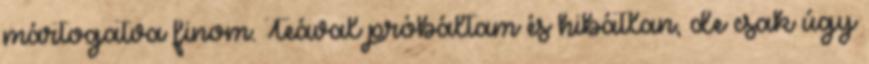
mártogatva finom. Teával próbáltam és hibátlan, de csak úgy